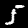
Digit: 5